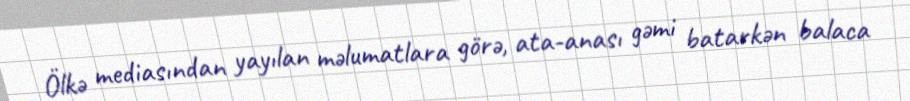
Ölkə mediasından yayılan məlumatlara görə, ata-anası gəmi batarkən balaca